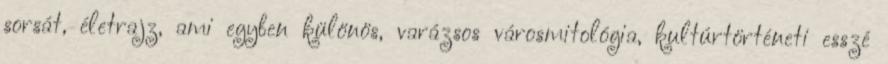
sorsát, életrajz, ami egyben különös, varázsos városmitológia, kultúrtörténeti esszé